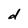
Character: d